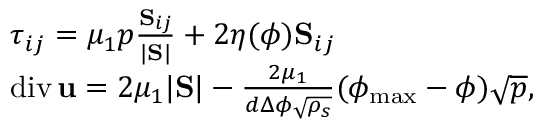
\begin{array} { r l } & { \boldsymbol { \tau } _ { i j } = \mu _ { 1 } p \frac { \mathrm { \bf S } _ { i j } } { | \mathrm { \bf S } | } + 2 \eta ( \phi ) \mathrm { \bf S } _ { i j } } \\ & { \mathrm { d i v } \, { \bf u } = 2 \mu _ { 1 } | \mathrm { \bf S } | - \frac { 2 \mu _ { 1 } } { d \Delta \phi \sqrt { \rho _ { s } } } ( \phi _ { \mathrm { m a x } } - \phi ) \sqrt { p } , } \end{array}